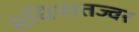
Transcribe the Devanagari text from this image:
संधिवातज्वर